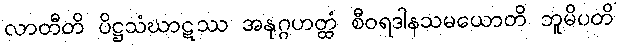
လာတီတိ ပိဋ္ဌသံဃာဋဿ အနုဂ္ဂဟတ္ထံ စီဝရဒါနသမယောတိ ဘူမိပတိ